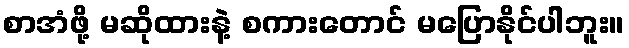
စာအံဖို့ မဆိုထားနဲ့ စကားတောင် မပြောနိုင်ပါဘူး။